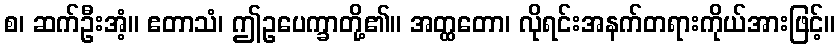
စ၊ ဆက်ဦးအံ့။ ဧတာသံ၊ ဤဥပေက္ခာတို့၏။ အတ္ထတော၊ လိုရင်းအနက်တရားကိုယ်အားဖြင့်။